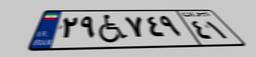
۴۴W۲۷۷۸۶